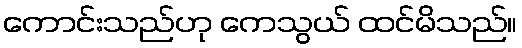
ကောင်းသည်ဟု ကေသွယ် ထင်မိသည်။